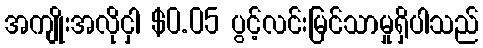
အကျိုးအလိုငှါ $0.05 ပွင့်လင်းမြင်သာမှုရှိပါသည်